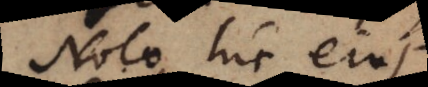
Nolo hic ejus